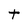
Character: t